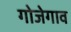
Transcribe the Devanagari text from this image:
गोजेगाव